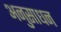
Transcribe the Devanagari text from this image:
अनुसाधन